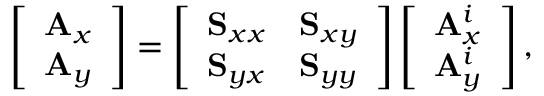
\centering \left[ \begin{array} { l } { \mathbf { A } _ { x } } \\ { \mathbf { A } _ { y } } \end{array} \right] = \left[ \begin{array} { l l } { \mathbf { S } _ { x x } } & { \mathbf { S } _ { x y } } \\ { \mathbf { S } _ { y x } } & { \mathbf { S } _ { y y } } \end{array} \right] \left[ \begin{array} { l } { \mathbf { A } _ { x } ^ { i } } \\ { \mathbf { A } _ { y } ^ { i } } \end{array} \right] ,